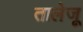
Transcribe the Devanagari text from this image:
तालेजू